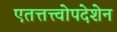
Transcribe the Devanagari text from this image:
एतत्तत्त्वोपदेशेन